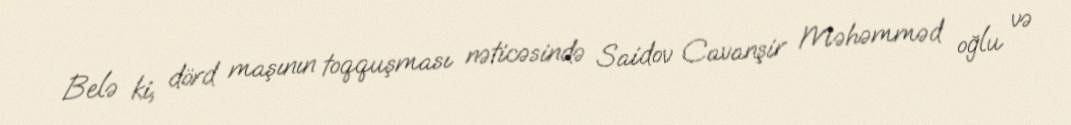
Belə ki, dörd maşının toqquşması nəticəsində Saidov Cavanşir Məhəmməd oğlu və